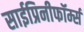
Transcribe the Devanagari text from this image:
साईप्रिनीफॉर्म्स